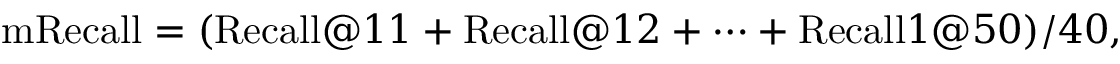
\mathrm { m R e c a l l } = ( \mathrm { R e c a l l } @ 1 1 + \mathrm { R e c a l l } @ 1 2 + \cdots + \mathrm { R e c a l l } 1 @ 5 0 ) / 4 0 ,